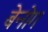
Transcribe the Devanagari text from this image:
बेनोग